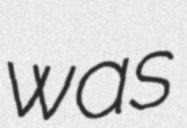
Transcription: was